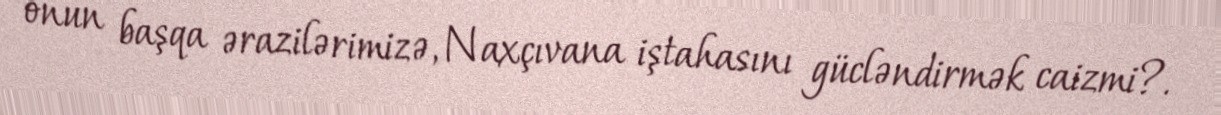
onun başqa ərazilərimizə, Naxçıvana iştahasını gücləndirmək caizmi?.